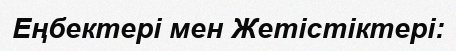
Еңбектері мен Жетістіктері: